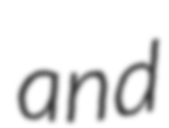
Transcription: and